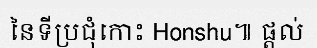
នៃទីប្រជុំកោះ Honshu៕ ផ្តល់